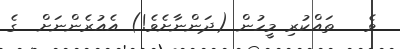
ވެ   ތައްކުރި މީހުން (ދަންނާށެވެ!) އެއުރެންނަށް  ގެ